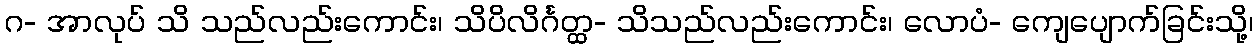
ဂ- အာလုပ် သိ သည်လည်းကောင်း၊ သိပိလိင်္ဂတ္ထ- သိသည်လည်းကောင်း၊ လောပံ- ကျေပျောက်ခြင်းသို့၊